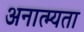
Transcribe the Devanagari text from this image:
अनात्म्यता